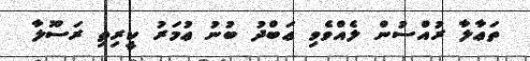
ތަޢާލާ ރުއްސުން ލެއްވެވި ޢަބްދު ބުނު ޢުމަރު ކީރިތި ރަސޫލާ